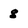
Character: g